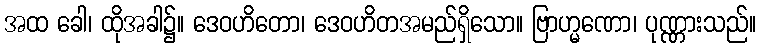
အထ ခေါ၊ ထိုအခါ၌။ ဒေဝဟိတော၊ ဒေဝဟိတအမည်ရှိသော။ ဗြာဟ္မဏော၊ ပုဏ္ဏားသည်။